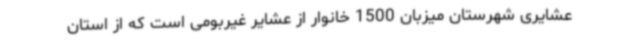
عشایری شهرستان میزبان 1500 خانوار از عشایر غیربومی است که از استان